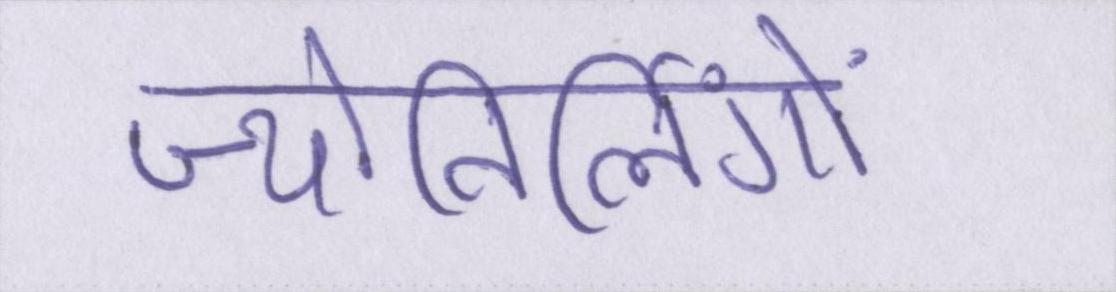
ज्योतिर्लिंगों